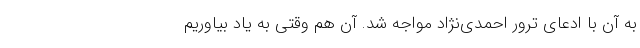
به آن با ادعای ترور احمدی‌نژاد مواجه شد. آن ‌هم وقتی به یاد بیاوریم